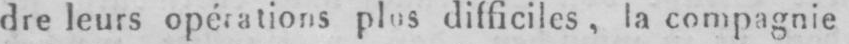
dre leurs opérations plus difficiles, la compagnie